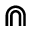
\Cap